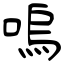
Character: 嗚